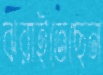
ঝরাইতেছেন